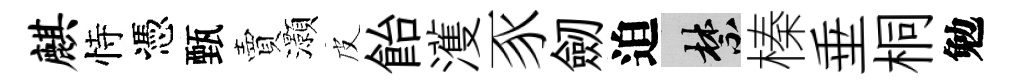
麒恃憑甄賣灝皮飴濩豕劒迫禁榛垂桐勉